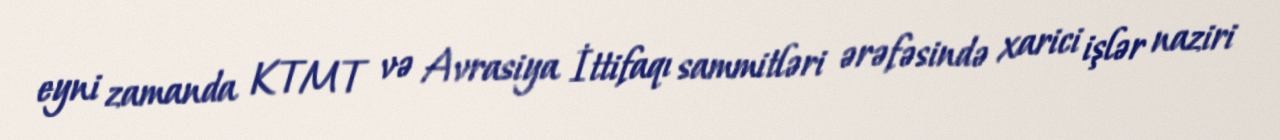
eyni zamanda KTMT və Avrasiya İttifaqı sammitləri ərəfəsində xarici işlər naziri